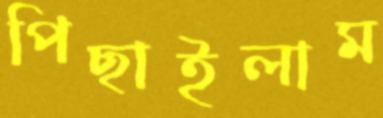
পিছাইলাম